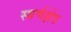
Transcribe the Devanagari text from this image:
स्वर्णक्षेत्र